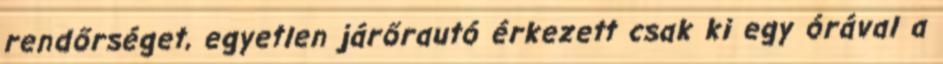
rendőrséget, egyetlen járőrautó érkezett csak ki egy órával a